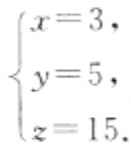
\[
\begin{cases}
x = 3, \\
y = 5, \\
z = 15.
\end{cases}
\]